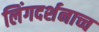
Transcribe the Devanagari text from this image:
लिंगदर्शनाच्च